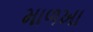
માળખા